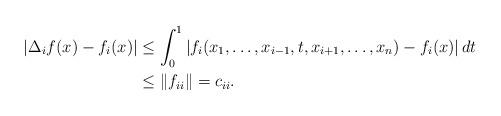
LaTeX: \begin{align*}|\Delta_i f(x) - f_i(x)| &\le \int_0^1 |f_i(x_1,\ldots, x_{i-1}, t, x_{i+1},\ldots, x_n) - f_i(x)| \, dt\\&\le \|f_{ii}\| = c_{ii}. \end{align*}